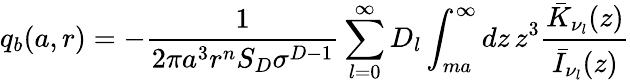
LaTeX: q_{b}(a,r)=-\frac{1}{2\pi a^{3}r^{n}S_{D}\sigma^{D-1}}\sum_{l=0}^{\infty}D_{l}\int_{ma}^{\infty}dz\, z^{3}\frac{\bar{K}_{\nu_{l}}(z)}{\bar{I}_{\nu_{l}}(z)}